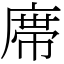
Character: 鿮